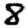
Digit: 8